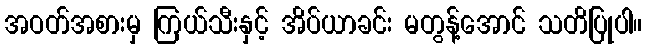
အဝတ်အစားမှ ကြယ်သီးနှင့် အိပ်ယာခင်း မတွန့်အောင် သတိပြုပါ။